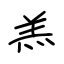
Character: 羔